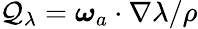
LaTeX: \mathcal{Q}_{\lambda}=\boldsymbol{\omega}_{a}\cdot\nabla\lambda/\rho